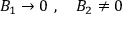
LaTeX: { \cal B } _ { 1 } \rightarrow 0 \ , \quad { \cal B } _ { 2 } \neq 0